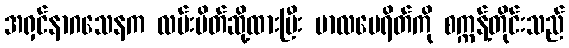
အရှင်နာဂသေနက လမ်းပိတ်ဆို့ထားပြီး ဗာလဗေရိတ်ကို စက္ကန့်တိုင်းသည်